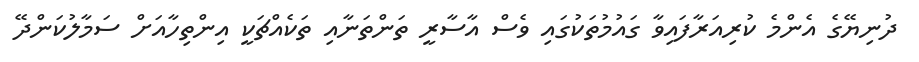
ދުނިޔޭގެ އެންމެ ކުރިއަރާފައިވާ ގައުމުތަކުގައި ވެސް އާސާރީ ތަންތަނާއި ތަކެއްޗަކީ އިންތިހާއަށް ސަމާލުކަންދޭ